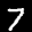
Label: 7